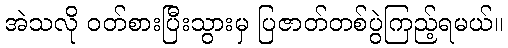
အဲသလို ဝတ်စားပြီးသွားမှ ပြဇာတ်တစ်ပွဲကြည့်ရမယ်။